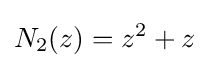
N_{2}(z)=z^{2}+z